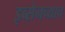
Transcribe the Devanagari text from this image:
इब्सेनच्याच